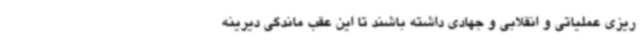
ریزی عملیاتی و انقلابی و جهادی داشته باشند تا این عقب ماندگی دیرینه